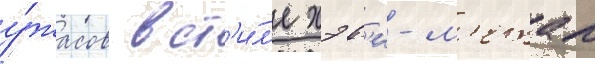
у́жасов в ст'и́л'е хэв'и-м'етал